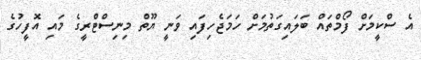
އެ ސްކީމަށް ފޯމްތައް ބަލައިގަތުމަށް ހަމަޖެހިފައި ވަނީ ޔޫތް މިނިސްޓްރީގެ މައި އޮފީހުގެ